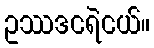
ဥဿဒငရဲငယ်။